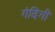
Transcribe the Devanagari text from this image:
गंदिगी